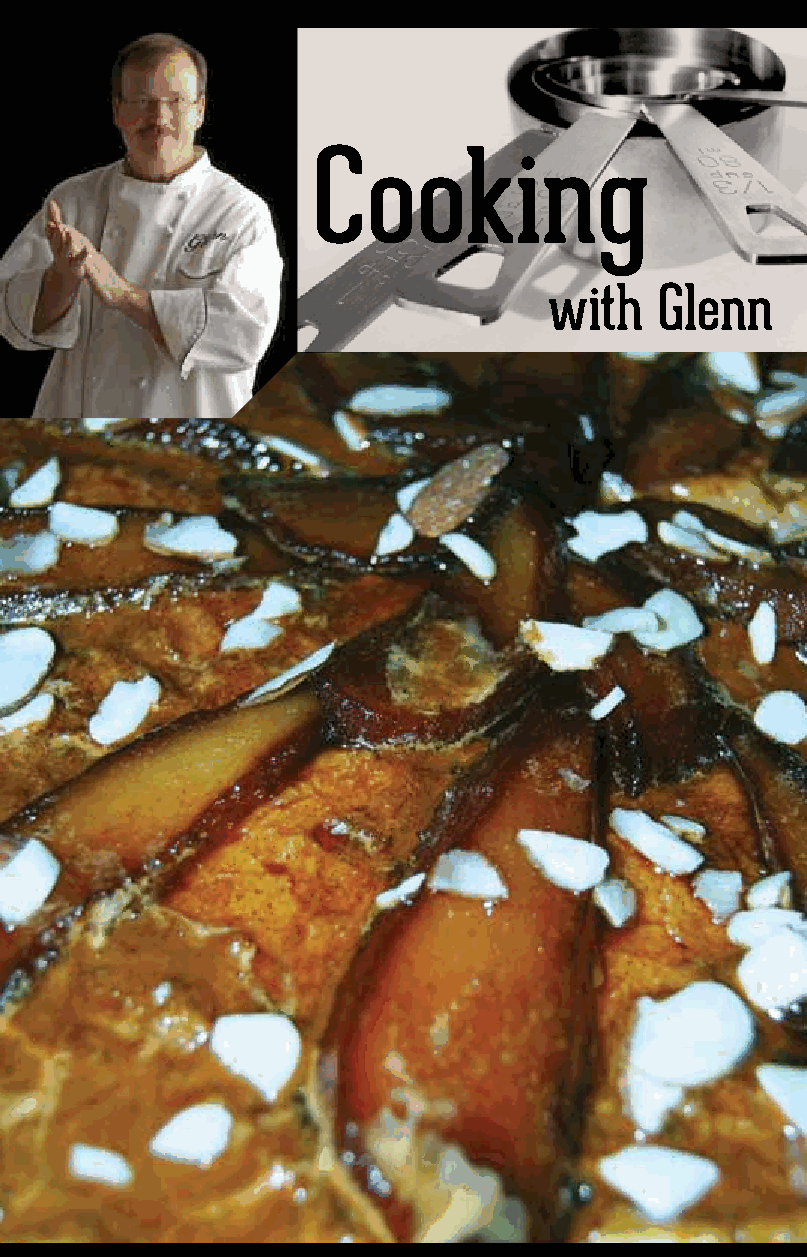
Poached Pear Almond Tart
 Cooking
 It’s April already which means a quarter of the year is already gone - how the time flies!
 While walking through the produce aisles the other day I saw the pears had started to
 arrive - Red, Bosc, Anjou, and Bartlett but most were as hard as rocks. Hardly good eating
 yet, but then how to enjoy one of my favorite fruits without suffering a dental mishap?
 Poaching the pears first infuses the fruit with additional flavor and softens it enough so it is
 with    Glenn
 ready to eat without falling apart. I recommend the Bosc pears for this recipe.
 Ingredients
 • 1 Bosc pear halved and seeded
 • 2 cups of sugar
 • 2 cups of red wine and a cup of water
 • 1 clove of Star Anise
 • 12 black peppercorns
 • 2 cups of Ricotta Cheese
 • 1 can of Almond Paste
 • A pie crust (Make your own or from the refrigerator case)
 Place one cup of the sugar, the peppercorns and Anise with the wine and water in a
 saucepan and bring to a boil to dissolve the sugar. Reduce to a simmer, then add the pear
 halves. Flip the pears every 15 or so minutes in the simmering wine. Remove pears when
 they begin to soften and make sure not to overcook. You will want the sauce to reduce to a
 thick syrup.
 While the pear is poaching place the pie crust into a fluted tart pan. Press to the edges and
 pierce the bottom, then bake at 350 for 30 minutes. I use pie weights on parchment paper
 to keep the shell from shrinking. Take out and let cool.
 Warm the almond paste and blend with a cup of sugar in a mixer, then add the ricotta by
 half cup, continuing to blend each addition till smooth.
 Assemble by spreading the ricotta mixture in the pie shell, then slice the pears and arrange
 on top. Drizzle with the reduced wine syrup (removing the peppercorns and Anise). Sprinkle
 with shaved almond pieces, bake for 20 more minutes to set, then let cool to serve.
 I use the spices in the red wine to add some zip, but they are optional. Look for me on
 Facebook - I just started a page under Cooking with Glenn. I hope you’ll stop by and ‘Like’ it.
 Until next month, Make It Your Own!
 Glenn
 Follow me on Twitter @CookwithGlenn and like us on Facebook
 facebook.com/Cooking-with-Glenn
 to continue the culinary adventure.
 twitter.com/cookwithglenn
 15